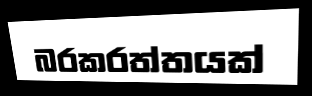
බරකරත්තයක්